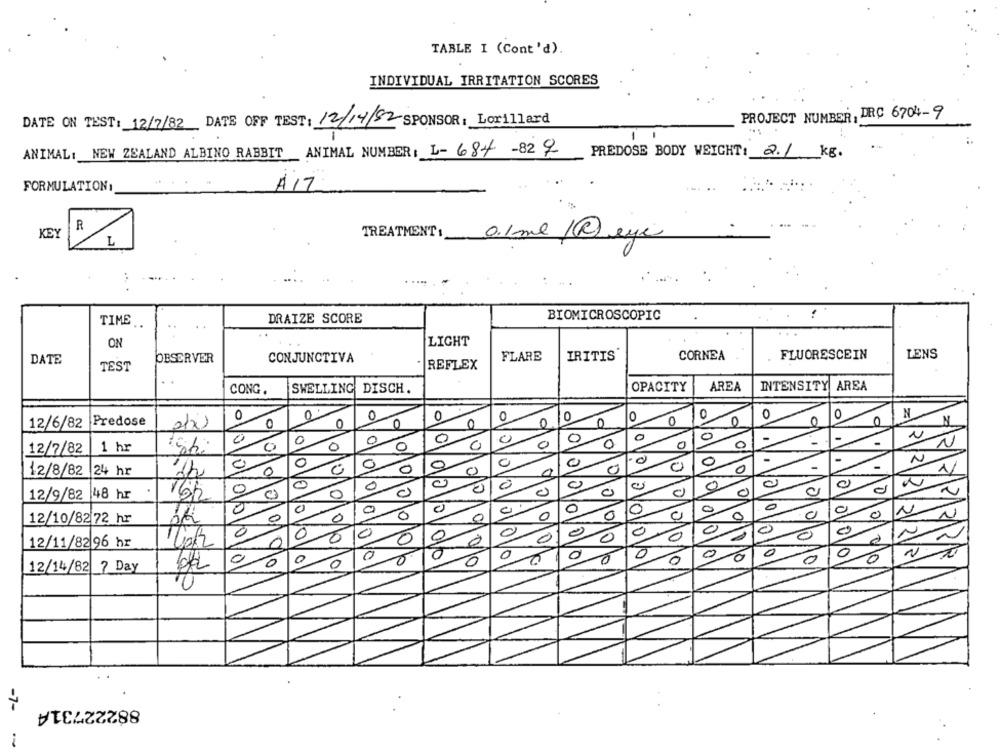
TABLE I (Cont'd).
INDIVIDUAL IRRITATION SCORES
PROJECT NUMBER, DRC 6704-9
DATE ON TEST: 12/7/82 DATE OFF TEST: 12/14/82 SPONSOR: Lorillard
-
-
ANIMAL: NEW ZEALAND ALBINO RABBIT ANIMAL NUMBER: L-684 -82 9
PREDOSE BODY WEIGHT: 2.1 kg.
FORMULATION 1
A17
R
KEY
TREATMENT : 01ml@eye
L
... .
BIOMICROSCOPIC
TIME
DRAIZE SCORE
.
...
ON
LIGHT
LENS
DATE
OBSERVER
CONJUNCTIVA
FLARE
IRITIS
CORNEA
FLUORESCEIN
TEST
REFLEX
CONG.
SWELLING DISCH.
OPACITY
AREA
INTENSITY AREA
O
0
N
0
0
0
0
0
0
0
0
0
0
0
0
12/6/82 Predose
0
0
N
0
0
0
-
N
0
0
0
0
0
0
12/7/82
1 hr
0
0
0
0
0
0
-
-
N
12/8/82 24 hr
0
0
1/
0
0
12/9/82 48 hr
16/2
0
0
OVO
0
0
0
4
0
N
0
0
0
0
0
0
10
0
12/10/8272 hr
2
0
0
0
0
0
0
0
0
0
~
0
0
0
00
0
0
0
12/11/82 96 hr
10
0
0
0
0
0
0
222212/2/18
010
0
0
0
01
0
10
12/14/82 7 Day
-7-
88222731A